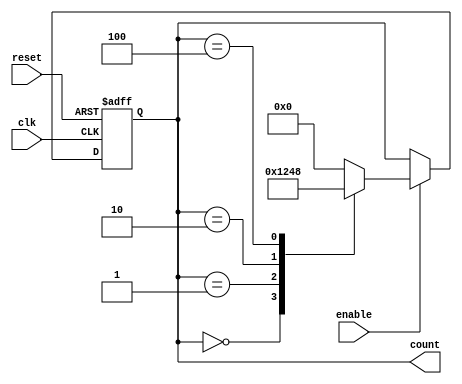
module Johnson_Counter_Enable (
    input clk,
    input reset,
    input enable,
    output reg [3:0] count
);

always @ (posedge clk or posedge reset) begin
    if (reset) begin
        count <= 4'b0000;
    end else if (enable) begin
        case(count)
            4'b0000: count <= 4'b0001;
            4'b0001: count <= 4'b0010;
            4'b0010: count <= 4'b0100;
            4'b0100: count <= 4'b1000;
            default: count <= 4'b0000;
        endcase
    end
end

endmodule